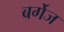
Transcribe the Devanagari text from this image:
बर्गेज